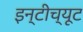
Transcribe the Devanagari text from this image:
इन्टीच्यूट